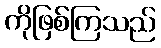
ကိုဖြစ်ကြသည်